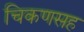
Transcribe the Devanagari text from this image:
चिकणसह